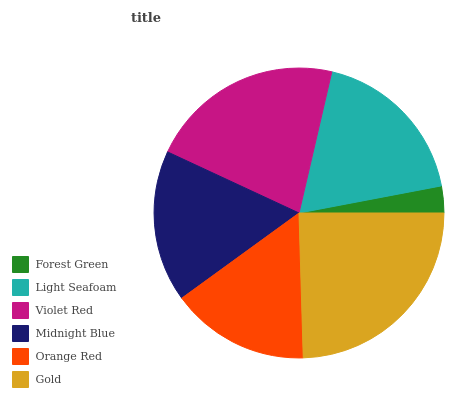
| Forest Green | Light Seafoam | Violet Red | Midnight Blue | Orange Red | Gold |
 | --- | --- | --- | --- | --- | --- |
 | 3% | 18.3% | 21.7% | 16.9% | 15.5% | 24.6% |